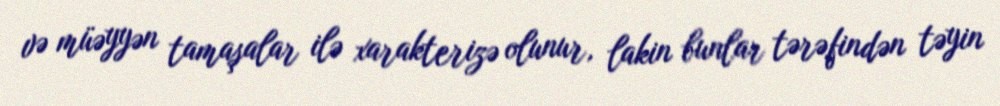
və müəyyən tamaşalar ilə xarakterizə olunur, lakin bunlar tərəfindən təyin